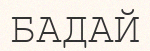
БАДАЙ